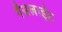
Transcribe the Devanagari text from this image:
गैसलाईट